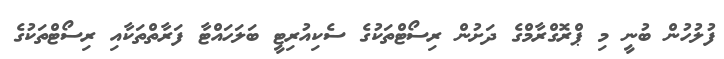
ފުލުހުން ބުނީ މި ޕްރޮގްރާމްގެ ދަށުން ރިސޯޓްތަކުގެ ސެކިއުރިޓީ ބަލަހައްޓާ ފަރާތްތަކާއި ރިސޯޓްތަކުގެ